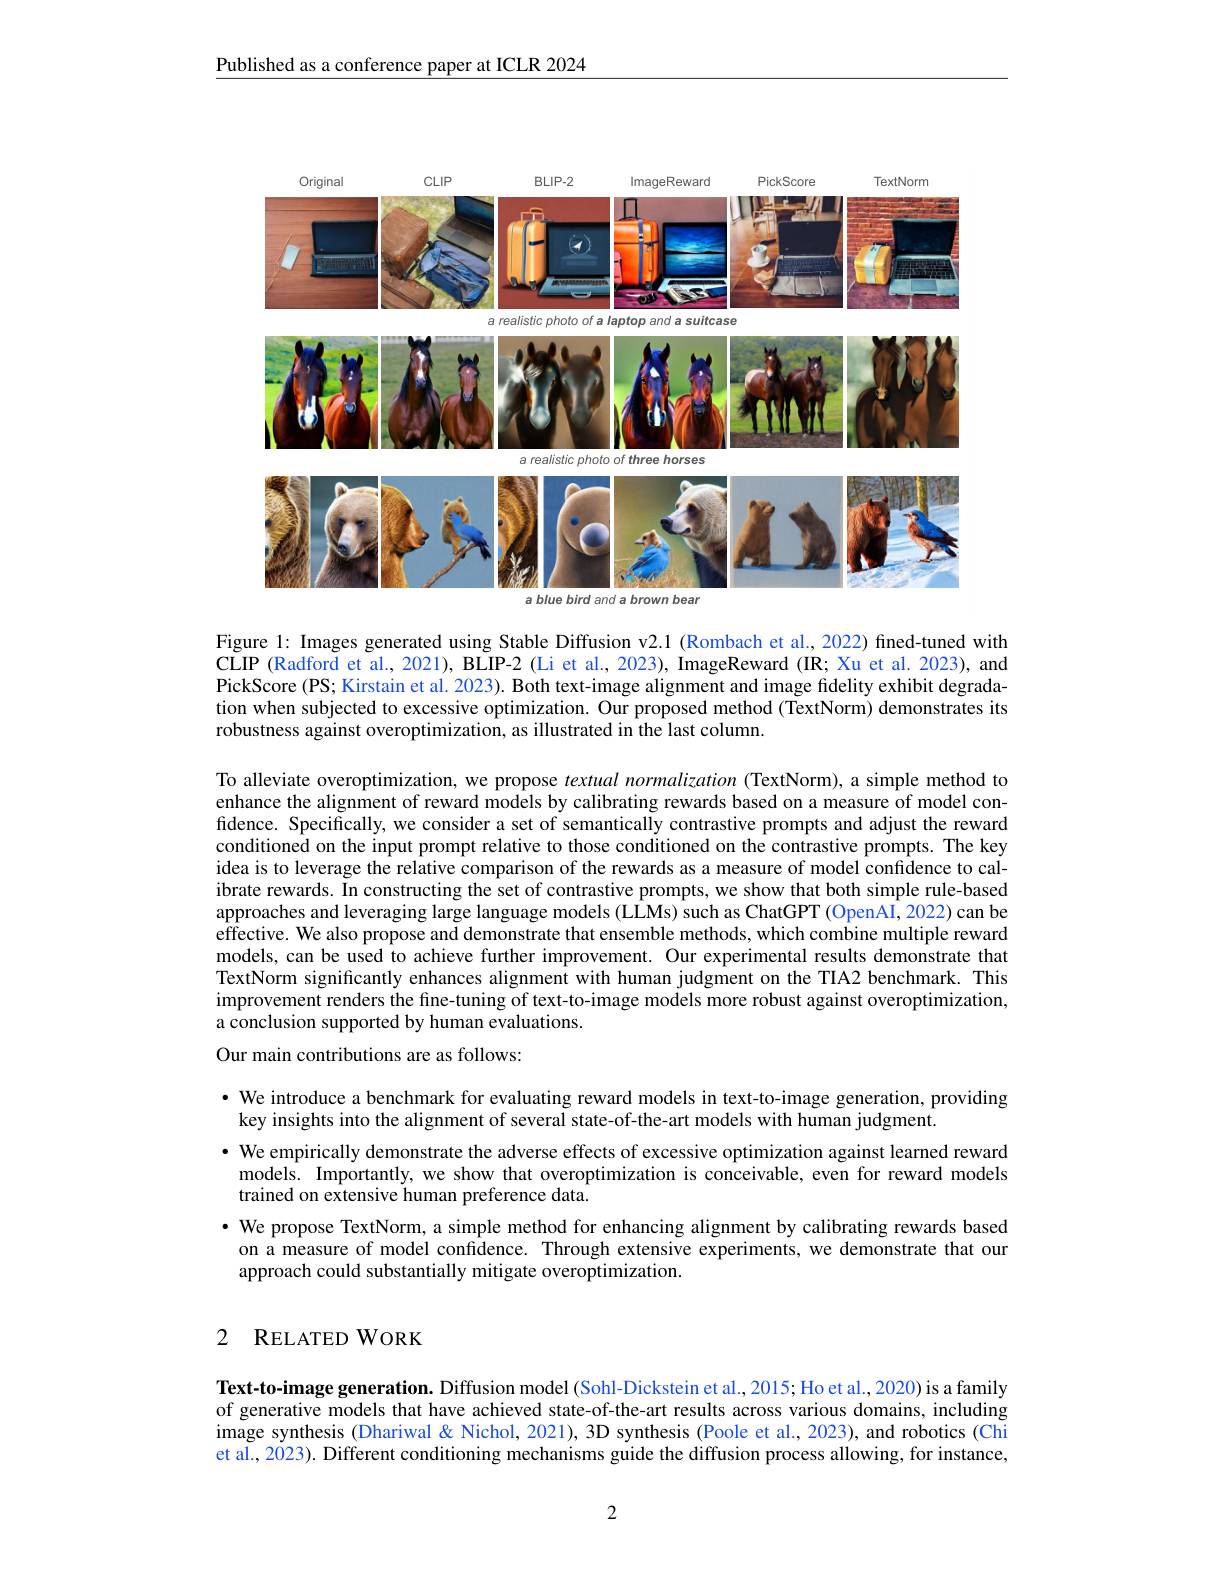
Published as a conference paper at ICLR 2024

<FigureHere>
a blue bird and a brown bear

Figure 1: Images generated using Stable Diffusion v2.1 (Rombach et al., 2022) fined-tuned with CLIP (Radford et al., 2021), BLIP-2 (Li et al., 2023), ImageReward (IR; Xu et al. 2023), and PickScore (PS; Kirstain et al. 2023). Both text-image alignment and image fidelity exhibit degradation when subjected to excessive optimization. Our proposed method (TextNorm) demonstrates its robustness against overoptimization, as illustrated in the last column.

To alleviate overoptimization, we propose textual normalization (TextNorm), a simple method to enhance the alignment of reward models by calibrating rewards based on a measure of model confidence. Specifically, we consider a set of semantically contrastive prompts and adjust the reward conditioned on the input prompt relative to those conditioned on the contrastive prompts. The key idea is to leverage the relative comparison of the rewards as a measure of model confidence to calibrate rewards. In constructing the set of contrastive prompts, we show that both simple rule-based approaches and leveraging large language models (LLMs) such as ChatGPT (OpenAI, 2022) can be effective. We also propose and demonstrate that ensemble methods, which combine multiple reward models, can be used to achieve further improvement. Our experimental results demonstrate that TextNorm significantly enhances alignment with human judgment on the TIA2 benchmark. This improvement renders the fine-tuning of text-to-image models more robust against overoptimization, a conclusion supported by human evaluations.

Our main contributions are as follows:

· We introduce a benchmark for evaluating reward models in text-to-image generation, providing
key insights into the alignment of several state-of-the-art models with human judgment.

· We empirically demonstrate the adverse effects of excessive optimization against learned reward models. Importantly, we show that overoptimization is conceivable, even for reward models trained on extensive human preference data.

· We propose TextNorm, a simple method for enhancing alignment by calibrating rewards based on a measure of model confidence. Through extensive experiments, we demonstrate that our approach could substantially mitigate overoptimization.

### 2 RELATEDWORK

Text-to-image generation. Diffusion model (Sohl-Dickstein et al., 2015; Ho et al., 2020) is a family of generative models that have achieved state-of-the-art results across various domains, including image synthesis (Dhariwal& Nichol, 2021), 3D synthesis (Poole et al., 2023), and robotics (Chi et al., 2023). Different conditioning mechanisms guide the diffusion process allowing, for instance,

2